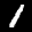
Label: 1